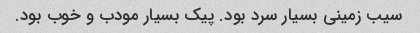
سیب زمینی بسیار سرد بود. پیک بسیار مودب و خوب بود.